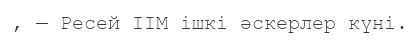
, — Ресей ІІМ ішкі әскерлер күні.